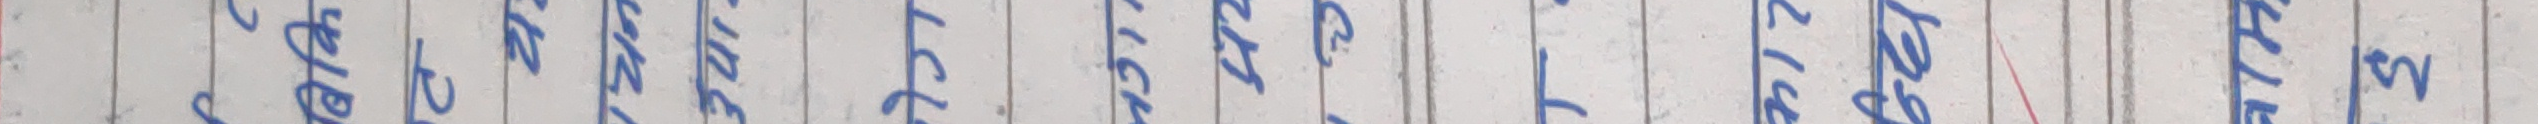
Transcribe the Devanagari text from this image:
आटा चाहीन्छ